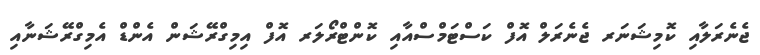
ޖެނެރަލާއި ކޮމިޝަނަރ ޖެނެރަލް އޮފް ކަސްޓަމްސްއާއި ކޮންޓްރޯލަރ އޮފް އިމިގްރޭޝަން އެންޑް އެމިގްރޭޝަނާއި